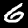
Label: 6